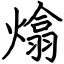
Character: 熻